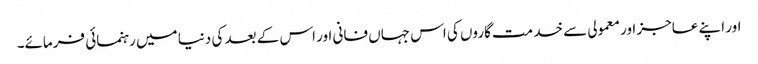
اور اپنے عاجز اور معمولی سے خد مت گاروں کی اس جہاں فانی اور اس کے بعد کی دنیا میں رہنمائی فرمائے۔